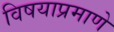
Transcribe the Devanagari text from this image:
विषयाप्रमाणे